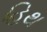
હિથ